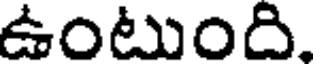
ఉంటుంది.